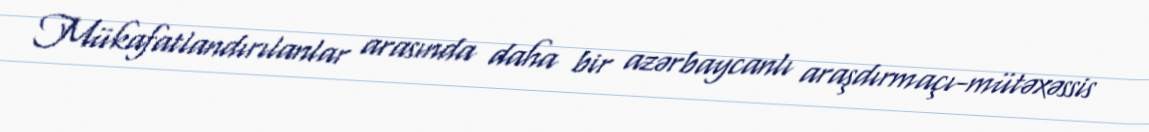
Mükafatlandırılanlar arasında daha bir azərbaycanlı araşdırmaçı-mütəxəssis